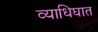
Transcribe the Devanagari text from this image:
व्याधिघात